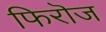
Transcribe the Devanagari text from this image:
फिरॊज